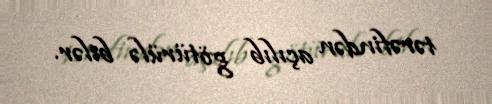
tərəfindən açılıb götürülə bilər.